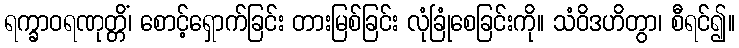
ရက္ခာဝရဏုတ္တိံ၊ စောင့်ရှောက်ခြင်း တားမြစ်ခြင်း လုံခြုံစေခြင်းကို။ သံဝိဒဟိတွာ၊ စီရင်၍။